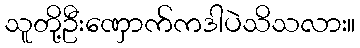
သူတို့ဦးဏှောက်ကဒါပဲသိသလား။